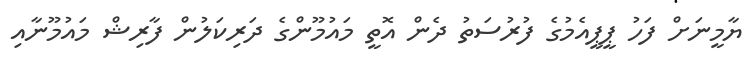
ޔާމީނަށް ފަހު ޕީޕީއެމުގެ ފުރުސަތު ދެން އޮތީ މައުމޫންގެ ދަރިކަލުން ފާރިޝް މައުމޫނާއި